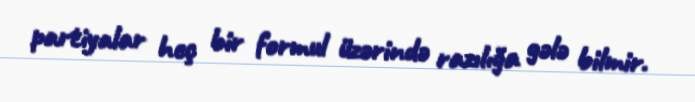
partiyalar heç bir formul üzərində razılığa gələ bilmir.